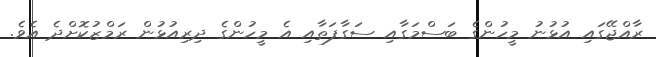
ރާއްޖޭގައި އުޅުނު މީހުންގެ ބަސްމަގާއި ސަގާފަތާއި އެ މީހުންގެ ދިރިއުޅުން ރަމްޒުކޮށްދެ އެވެ.